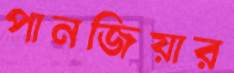
পানজিয়ার